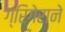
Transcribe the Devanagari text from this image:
ग्रिगेराने